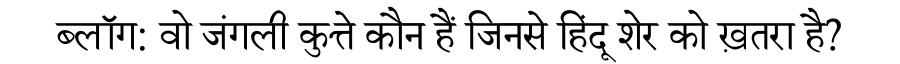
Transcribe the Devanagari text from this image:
ब्लॉग: वो जंगली कुत्ते कौन हैं जिनसे हिंदू शेर को ख़तरा है?